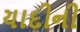
યાદીની